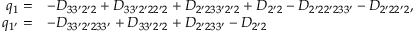
\begin{array} { r l } { { q _ { 1 } } = } & { - { D _ { 3 3 ^ { \prime } 2 ^ { \prime } 2 } } + { D _ { 3 3 ^ { \prime } 2 ^ { \prime } 2 2 ^ { \prime } 2 } } + { D _ { 2 ^ { \prime } 2 3 3 ^ { \prime } 2 ^ { \prime } 2 } } + { D _ { 2 ^ { \prime } 2 } } - { D _ { 2 ^ { \prime } 2 2 ^ { \prime } 2 3 3 ^ { \prime } } } - { D _ { 2 ^ { \prime } 2 2 ^ { \prime } 2 } } , } \\ { { q _ { 1 ^ { \prime } } } = } & { - { D _ { 3 3 ^ { \prime } 2 ^ { \prime } 2 3 3 ^ { \prime } } } + { D _ { 3 3 ^ { \prime } 2 ^ { \prime } 2 } } + { D _ { 2 ^ { \prime } 2 3 3 ^ { \prime } } } - { D _ { 2 ^ { \prime } 2 } } } \end{array}